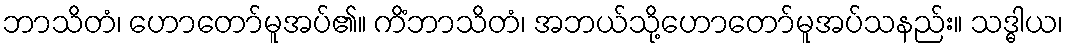
ဘာသိတံ၊ ဟောတော်မူအပ်၏။ ကိံဘာသိတံ၊ အဘယ်သို့ဟောတော်မူအပ်သနည်း။ သဒ္ဓါယ၊